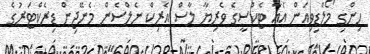
ހިންގި މޯލްޑިވިއަން އެއާ ޓެކްސީގެ ވެރިޔާ ލާސް އެރިކް ނެލްސެން މެނޭޖިން ޑިރެކްޓަރުގެ